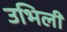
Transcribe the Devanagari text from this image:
उभिली